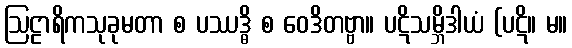
ဩဠာရိကသုခုမတာ စ ပဿဒ္ဓိ စ ဝေဒိတဗ္ဗာ။ ပဋိသမ္ဘိဒါယံ (ပဋိ။ မ။